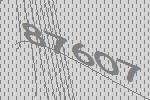
87607